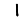
Digit: 1